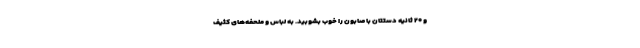
و ۲۰ ثانیه دستتان با صابون را خوب بشوبید. به لباس و ملحفه‌های کثیف